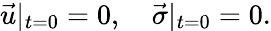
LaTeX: \vec{u}|_{t=0}=0,\quad\vec{\sigma}|_{t=0}=0.